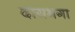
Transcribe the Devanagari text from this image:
दायभगा